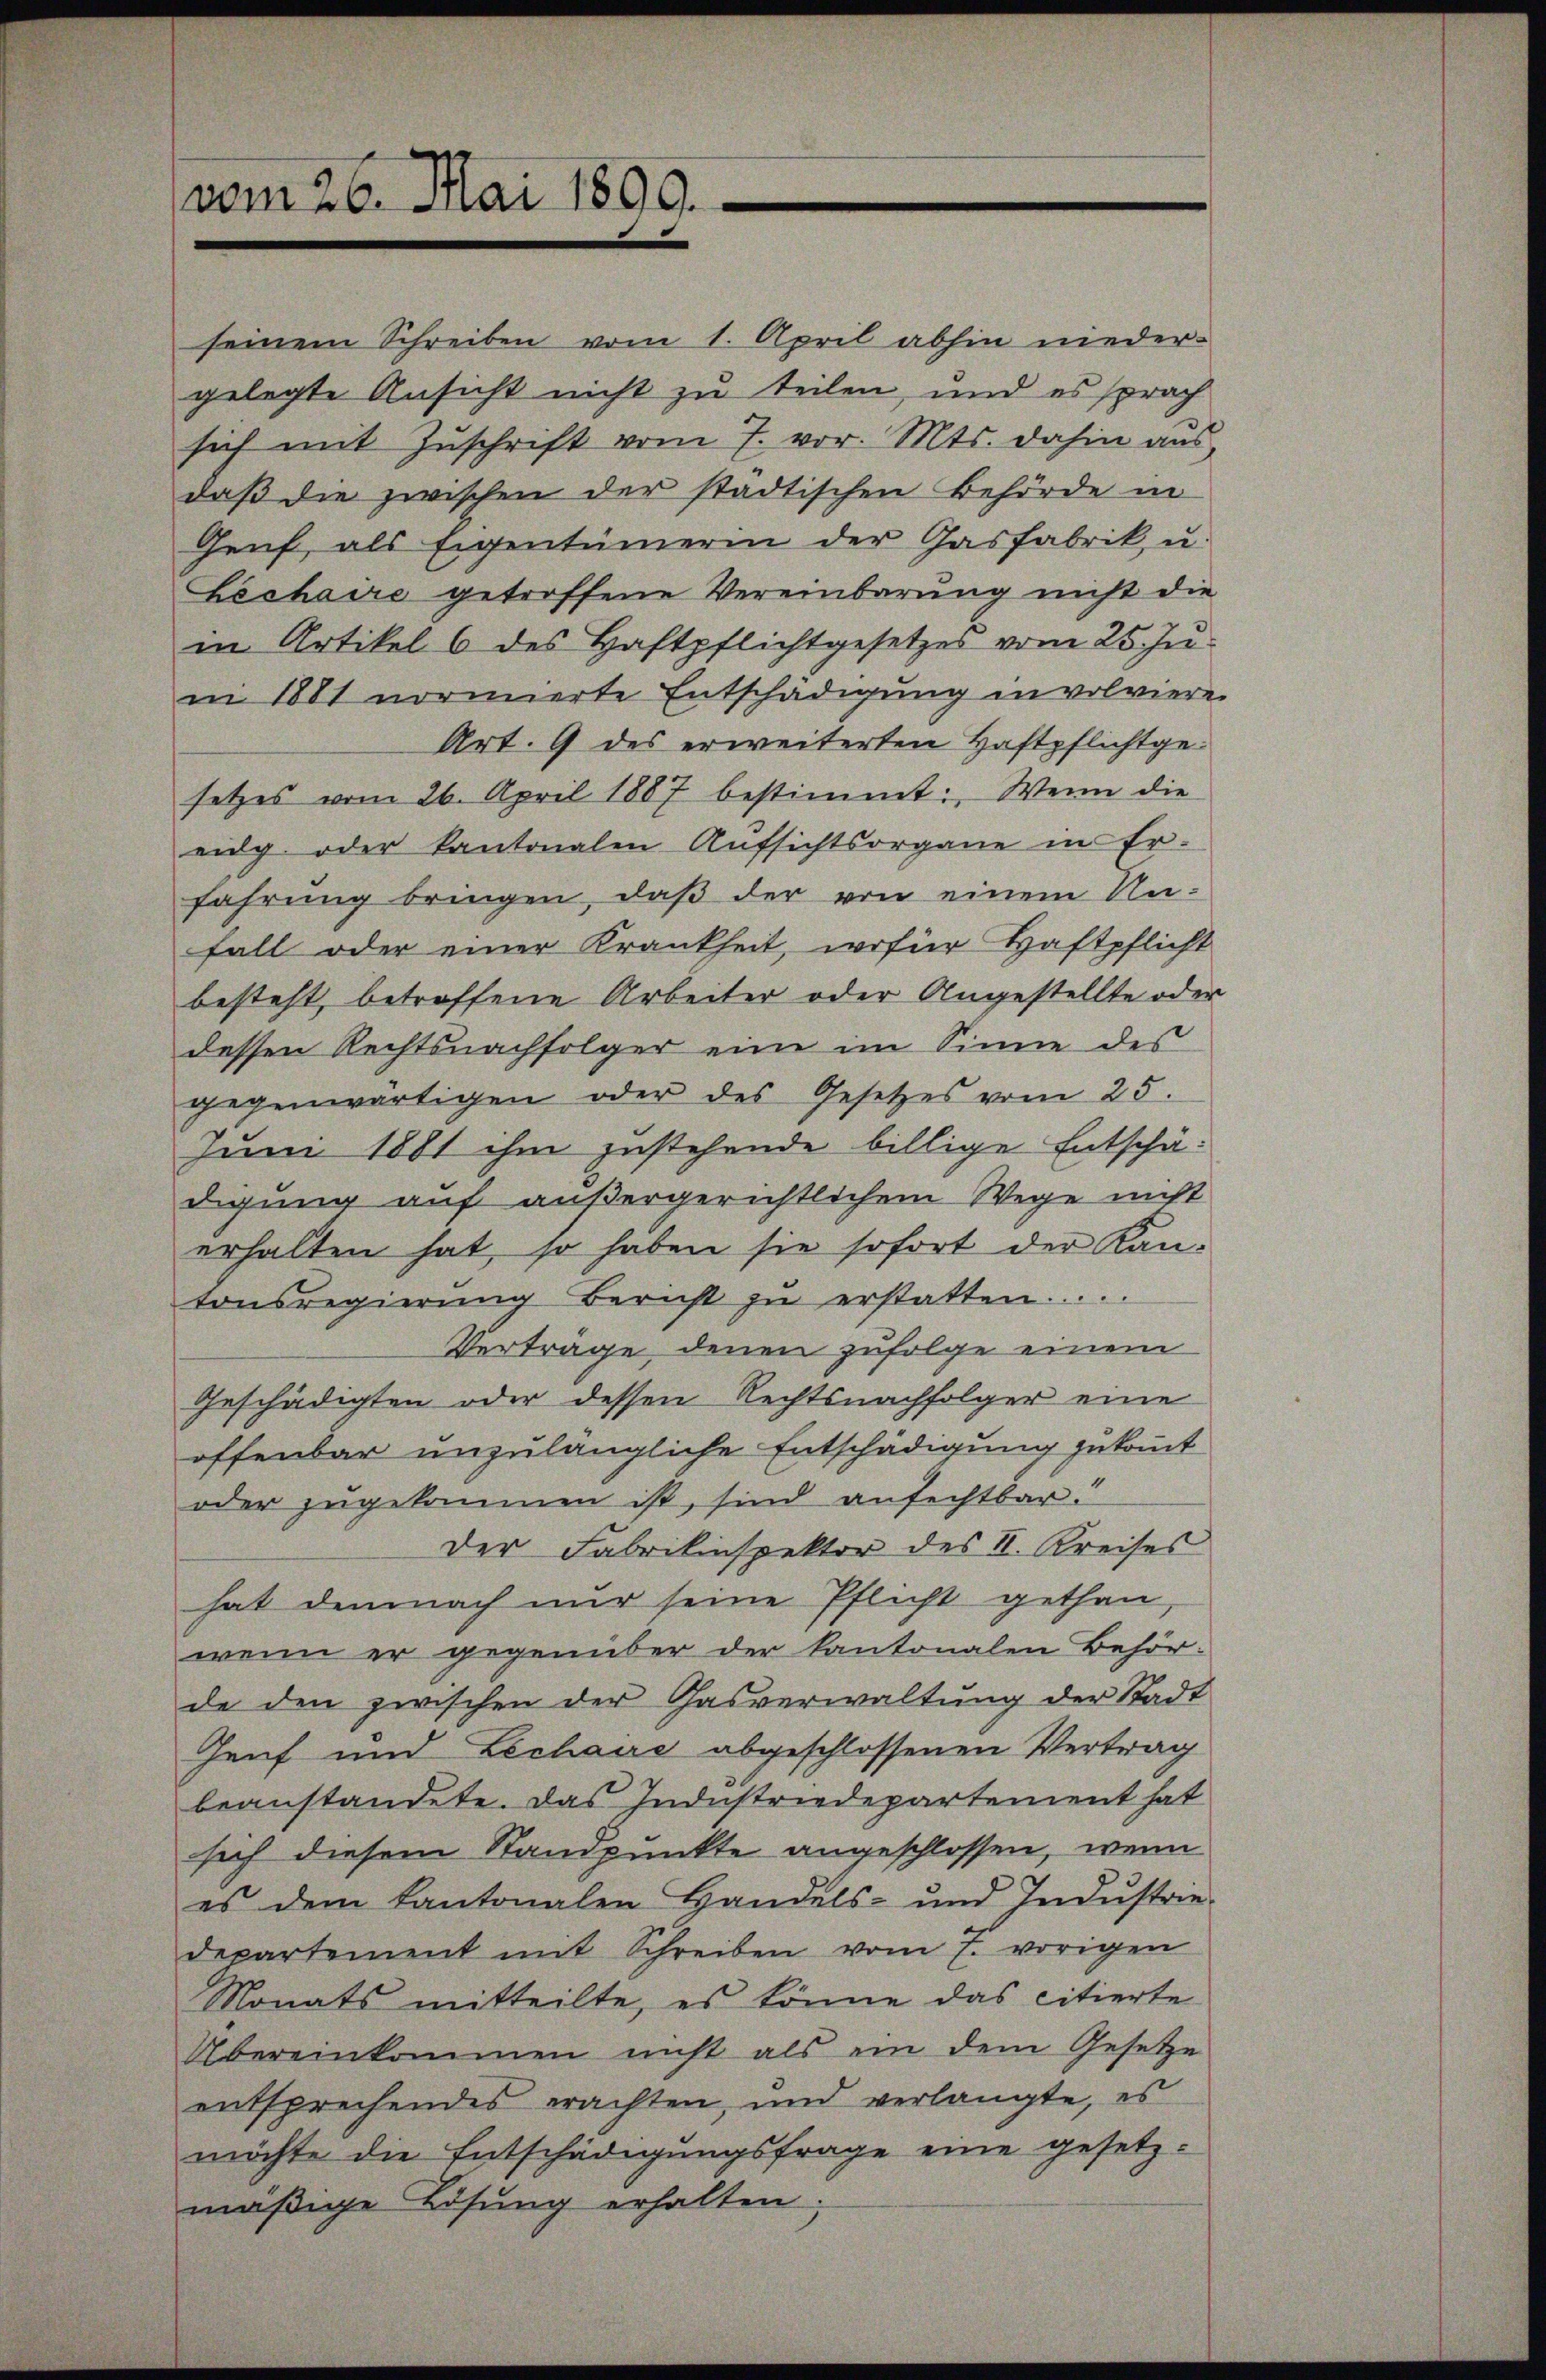
seinem Schreiben vom 1. April abhin niedergelegte Ansicht nicht zu teilen, und es sprach
sich mit Zuschrift vom 7. vor. Mts. dahin aus
daβ die zwischen der städtischen Behörde in
Genf, als Eigentümerin der Gasfabrik, u.
Lechaire getroffene Vereinbarung nicht die
in Artikel 6 des Haftpflichtgesetzes vom 25. Ju
in 1881 normierte Entschädigung in volviere
Art. 9 des erweiterten Haftpflichtgesetzes vom 26. April 1887 bestimmt: Wenn die
eig oder kantonalen Aufsichtsorgane in Er-
fahrung bringen, daβ der von einem Un-
fall oder einer Krankheit, wofür Haftpflicht
besteht, betroffene Arbeiter oder Angestellte oder
dessen Rechtsnachfolger eine im Sinne des
gegenwärtigen oder des Gesetzes vom 25.
Juni 1881 ihm zustehende billige Entschädigung auf außergerichtlichem Wege nicht
erhalten hat, so haben sie sofort der Kantonsregierŭng Bericht zŭ erstatten.....
Verträge, denen zufolge einem
Geschädigten oder dessen Rechtsnachfolger eine
offenbar unzulängliche Entschädigung zukommt
oder zugekommen ist, sind anfechtbar.
Der Fabrikinspektor des II. Kreises
hat demnach nur seine Pflicht gethan,
wenn er gegenüber der kantonalen Behörde den zwischen der Gasverwaltung der Stadt
Genf und Lechairs abgeschlossenen Vertrag
beanstandete. Das Industriedepartement hat
sich diesem Standpunkte angeschlossen, wenn
es dem Kantonalen Handels- und Indŭstrie-
departement mit Schreiben vom 7. vorigen
Monats mitteilte, es könne das citierte
Übereinkommen nicht als ein dem Gesetze
entsprechendes erachten, und verlangte, es
möchte die Entschädigungsfrage eine gesetz-
mäßige Lösung erhalten.

vom 26. Mai 1809.